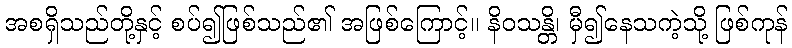
အစရှိသည်တို့နှင့် စပ်၍ဖြစ်သည်၏ အဖြစ်ကြောင့်။ နိဝသန္တိ၊ မှီ၍နေသကဲ့သို့ ဖြစ်ကုန်